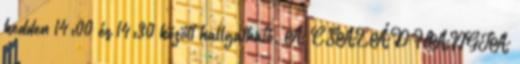
kedden 14:00 és 14:30 között hallgatható. A CSALÁD HANGJA